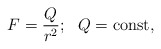
\begin{align*}F={Q \over r^2};~~ Q=\mbox{const} ,\end{align*}